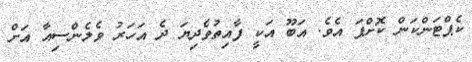
ކެޕްޓަންކަން ކޮށްފަ އެެވެ. އަބޫ އަކީ ފާއިތުވެދިޔަ ދެ އަހަރު ވެލެންސިއާ އަށް